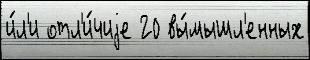
и́л'и отл'и́чиjе 20 вы́мышл'енных